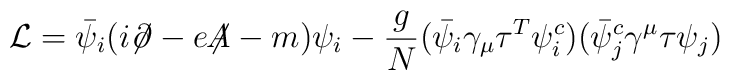
{\cal L} = \bar{\psi}_i(i{\not\!\partial} -e{\not\!\!A} -m)\psi_i	   - \frac{g}{N} (\bar{\psi}_i \gamma_\mu\tau^T \psi^c_i)			 (\bar{\psi}^c_j\gamma^\mu\tau\psi_j)